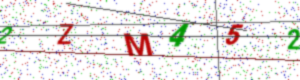
Text: 2ZM452